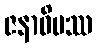
ဇနာဓိပဿ